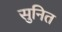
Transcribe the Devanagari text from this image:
सुनित